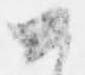
如